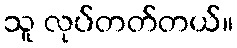
သူ လုပ်တတ်တယ်။